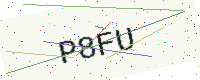
Text: P8FU